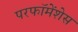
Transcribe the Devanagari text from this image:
परफॉमेंशेस